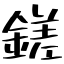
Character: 鎈